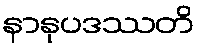
နာနုပဒဿတိ